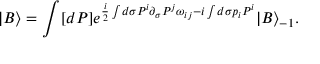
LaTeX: | B \rangle = \int [ d P ] e ^ { \frac { i } { 2 } \int d \sigma P ^ { i } \partial _ { \sigma } P ^ { j } \omega _ { i j } - i \int d \sigma p _ { i } P ^ { i } } | B \rangle _ { - 1 } .